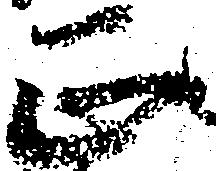
正